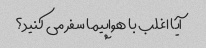
آیا اغلب با هواپیما سفر می کنید؟